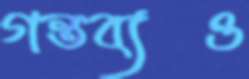
গন্তব্যও